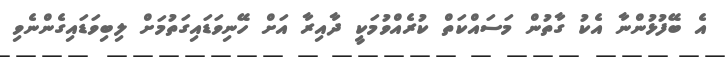
އެ ބޭފުޅުންނާ އެކު ގާތުން މަސައްކަތް ކުރެއްވުމަކީ ދާއިރާ އަށް ހޭނިވަޑައިގަތުމަށް ލިބިވަޑައިގެންނެވި